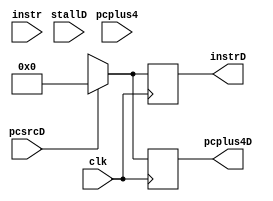
// This program was cloned from: https://github.com/the-pinbo/MIPS-5-Stage-Pipeline-Project
// License: MIT License

module M_IF_ID_REG(
    input pcsrcD,
    input stallD,
    input clk,
    input[31:0] instr, pcplus4,
    output reg[31:0] instrD, pcplus4D);

    always@(posedge clk)begin
        if(pcsrcD==1'b1) begin
            instrD <= 0;
            pcplus4D <= 0;
        end 
        else begin
            case(stallD)
                1'bx: begin
                    instrD <= instr;
                    pcplus4D <= pcplus4;
                    if(instrD!=8'hx)
                        $display("Instruction %h is in ID stage", instrD);
                end
                1'b0: begin
                    instrD <= instr;
                    pcplus4D <= pcplus4;
                    if(instrD!=8'hx)
                        $display("Instruction %h is in ID stage", instrD);
                end
            endcase
        end
    end
endmodule